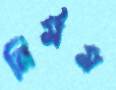
নির্মম